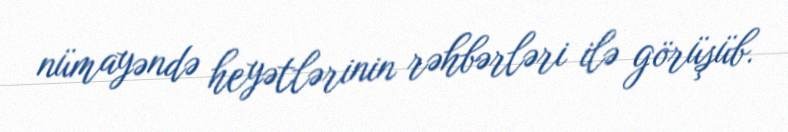
nümayəndə heyətlərinin rəhbərləri ilə görüşüb.